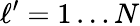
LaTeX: \ell^{\prime}=1\ldots N